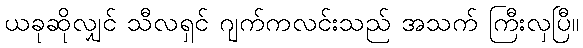
ယခုဆိုလျှင် သီလရှင် ဂျက်ကလင်းသည် အသက် ကြီးလှပြီ။